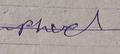
Signature authenticity: forged